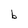
Character: b